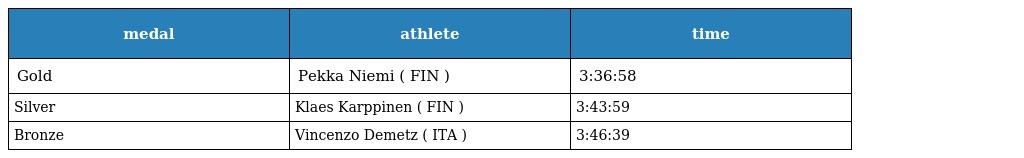
| medal | athlete | time |
 | --- | --- | --- |
 | Gold | Pekka Niemi ( FIN ) | 3:36:58 |
 | Silver | Klaes Karppinen ( FIN ) | 3:43:59 |
 | Bronze | Vincenzo Demetz ( ITA ) | 3:46:39 |